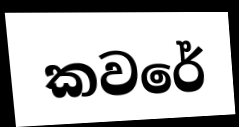
කවරේ